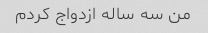
من سه ساله ازدواج کردم